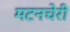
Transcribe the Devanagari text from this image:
मटनचेरी